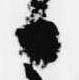
日